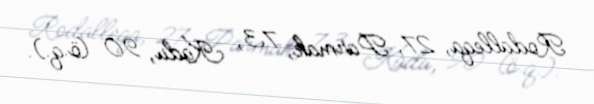
Rodalleqa, 27, Parmak, 73, Kadu, 90 (ö.q.).